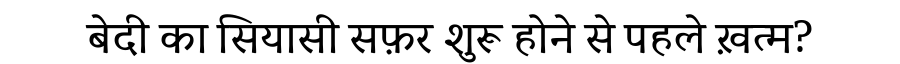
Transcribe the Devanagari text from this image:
बेदी का सियासी सफ़र शुरू होने से पहले ख़त्म?